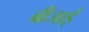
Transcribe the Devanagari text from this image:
बीजाई